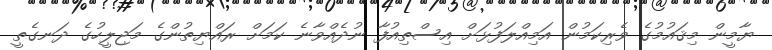
ޔާމީން މިޤައުމުގެ ވެރިކަމުން އަމިއްލަފުޅަށް އިސްތިއުފާ ނުދެއްވާނެ ކަމަށް ރައްޔިތުންގެ މަޖިލީހުގެ ދަނގެތީ